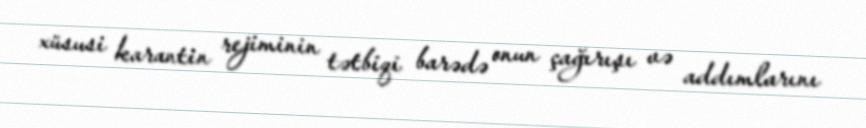
xüsusi karantin rejiminin tətbiqi barədə onun çağırışı və addımlarını